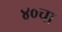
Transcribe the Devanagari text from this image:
४०चा